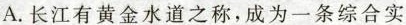
A.长江有黄金水道之称，成为一条综合实